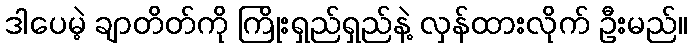
ဒါပေမဲ့ ချာတိတ်ကို ကြိုးရှည်ရှည်နဲ့ လှန်ထားလိုက် ဦးမည်။